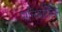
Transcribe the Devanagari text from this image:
पालिमार्फिज्म